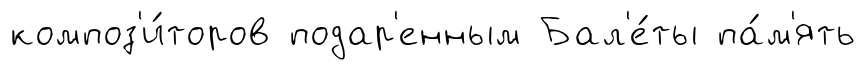
композ'и́торов подар'енным Бал'е́ты па́м'ять